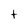
Character: t